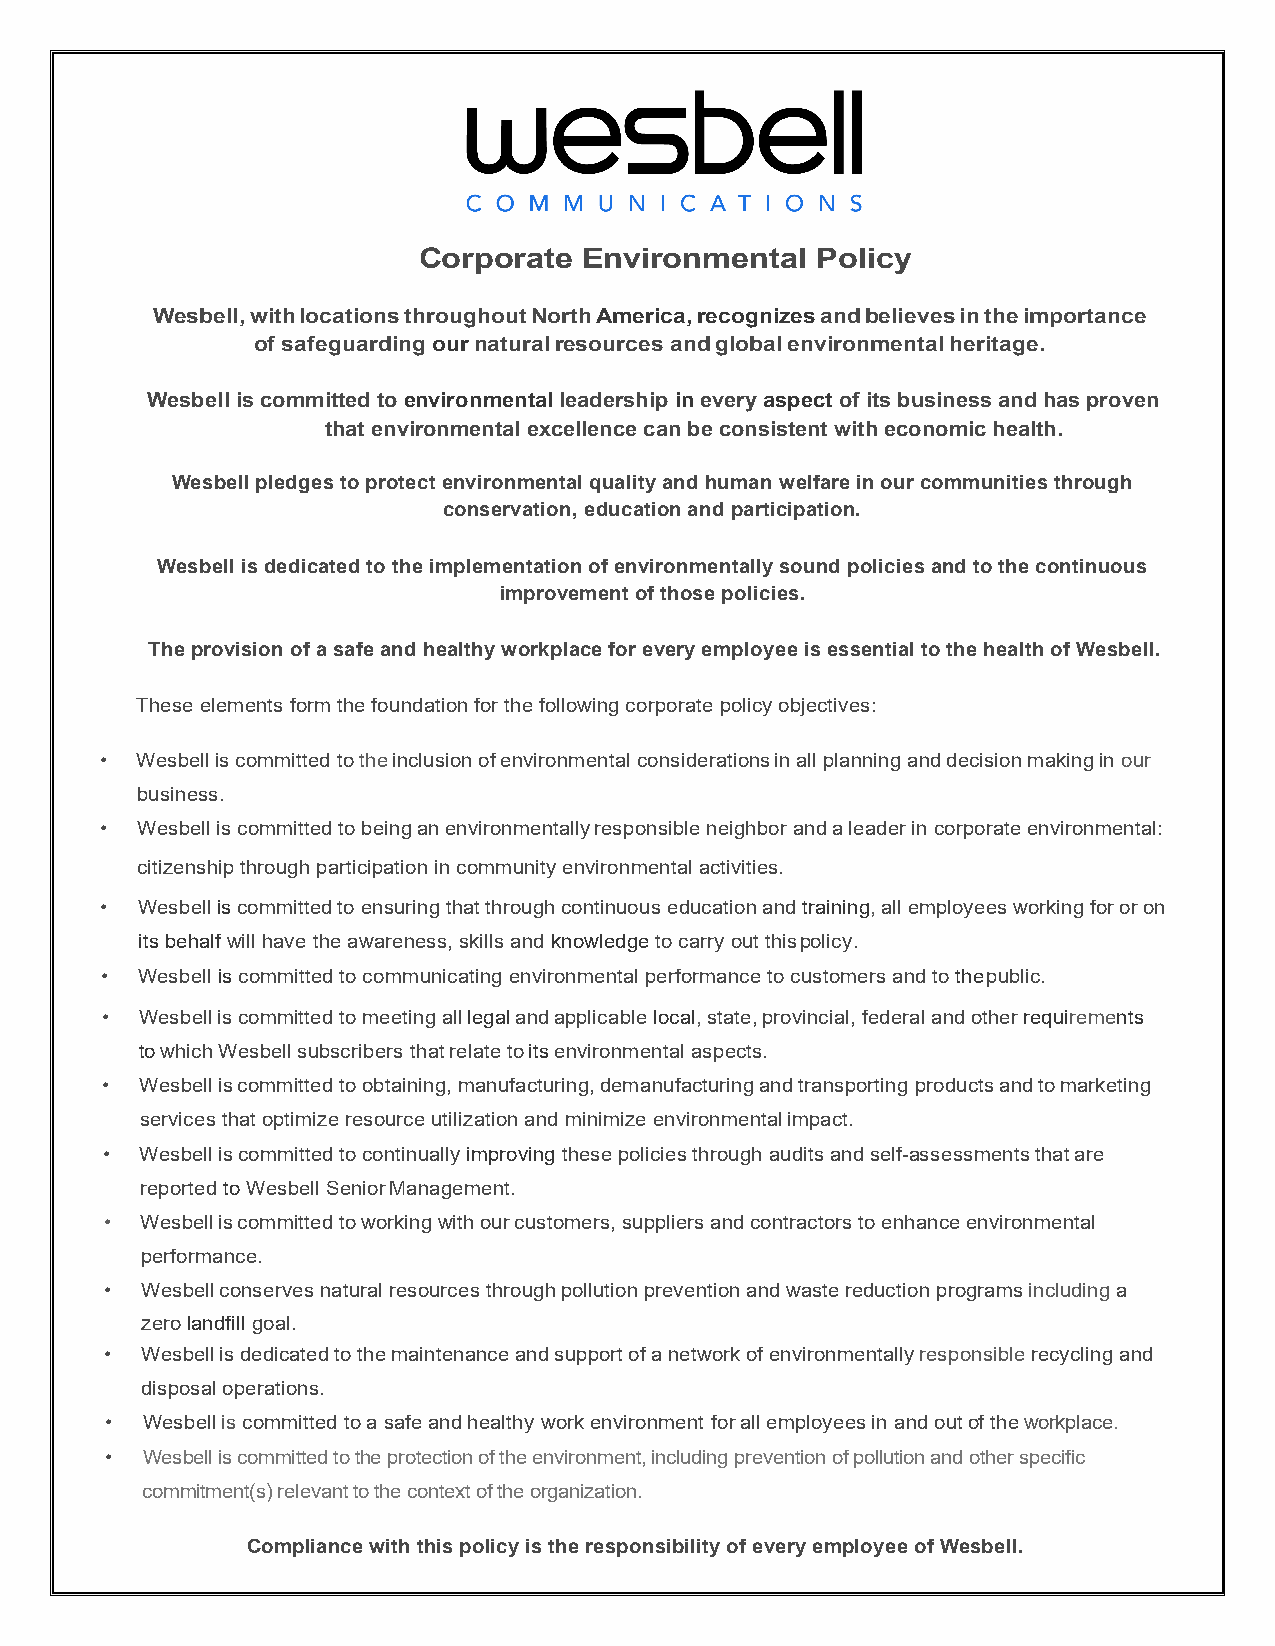
Corporate  Environmental  Policy
 Wesbell, with locations throughout North America, recognizes and believes in the importance
 of safeguarding our natural resources and global environmental heritage.
 Wesbell is committed to environmental leadership in every aspect of its business and has proven
 that environmental excellence can be consistent with economic health.
 Wesbell pledges to protect environmental quality and human welfare in our communities through
 conservation, education and participation.
 Wesbell is dedicated to the implementation of environmentally sound policies and to the continuous
 improvement of those policies.
 The provision of a safe and healthy workplace for every employee is essential to the health of Wesbell.
 These elements form the foundation for the following corporate policy objectives:
 • Wesbell is committed to the inclusion of environmental considerations in all planning and decision making in our
 business.
 • Wesbell is committed to being an environmentally responsible neighbor and a leader in corporate environmental:
 citizenship through participation in community environmental activities.
 • Wesbell is committed to ensuring that through continuous education and training, all employees working for or on
 its behalf will have the awareness, skills and knowledge to carry out this policy.
 • Wesbell is committed to communicating environmental performance to customers and to the public.
 • Wesbell is committed to meeting all legal and applicable local, state, provincial, federal and other requirements
 to which Wesbell subscribers that relate to its environmental aspects.
 • Wesbell is committed to obtaining, manufacturing, demanufacturing and transporting products and to marketing
 services that optimize resource utilization and minimize environmental impact.
 • Wesbell is committed to continually improving these policies through audits and self-assessments that are
 reported to Wesbell Senior Management.
 • Wesbell is committed to working with our customers, suppliers and contractors to enhance environmental
 performance.
 • Wesbell conserves natural resources through pollution prevention and waste reduction programs including a
 zero landfill goal.
 • Wesbell is dedicated to the maintenance and support of a network of environmentally responsible recycling and
 disposal operations.
 • Wesbell is committed to a safe and healthy work environment for all employees in and out of the workplace.
 • Wesbell is committed to the protection of the environment, including prevention of pollution and other specific
 commitment(s) relevant to the context of the organization.
 Compliance with this policy is the responsibility of every employee of Wesbell.